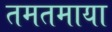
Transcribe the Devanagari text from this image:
तमतमाया